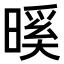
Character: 𭧎